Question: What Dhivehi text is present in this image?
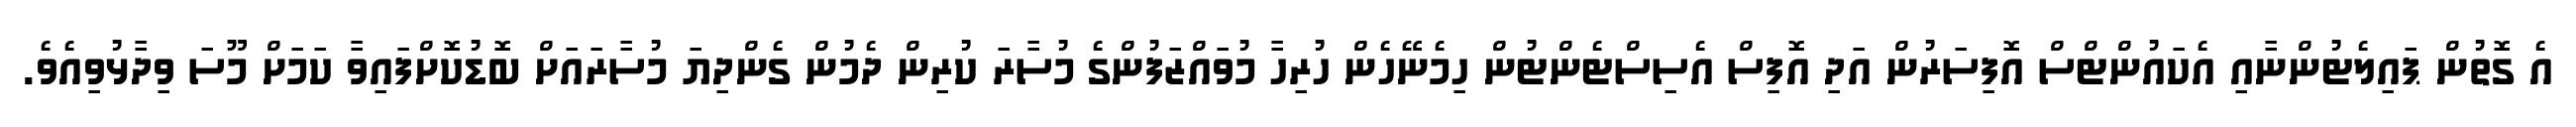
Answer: އެ ގޮތުން ޕައިލެޓުންނާއި އެކައުންޓްސް އޮފިސަރުން އަދި އޮފިސް އެސިސްޓެންޓުން ހިމެނޭހެން ހުރިހާ މުވައްޒަފުންގެ މުސާރަ ކުރިން ދެމުން ގެންދިޔަ މުސާރައަށް ބޮޑުކޮށްފައިވާ ކަމަށް މޫސަ ވިދާޅުވިއެވެ.